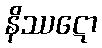
နိဿဋော